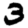
Digit: 3